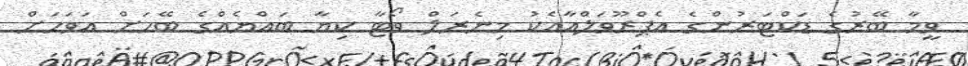
ވީމާ ބޭރުގެ ޑަކްޓަރުންގެ އެޕްރޫވަލްއާއެކު މިނެރަލް ވޯޓާ ކިޔާ ބައްޔެއްގެ ބޭހަށް އަވަހަށް